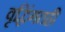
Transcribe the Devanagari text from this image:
वृद्धिंगतही